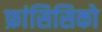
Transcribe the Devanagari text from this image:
फ्रांसिसिको